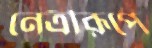
নেত্রীরূপে